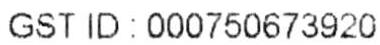
GST ID: 000750673920